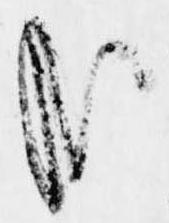
哉